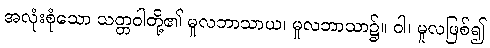
အလုံးစုံသော သတ္တဝါတို့၏ မူလဘာသာယ၊ မူလဘာသာ၌။ ဝါ၊ မူလဖြစ်၍